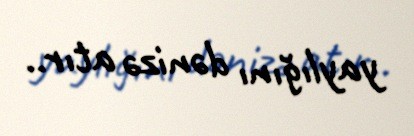
yaylığını dənizə atır..